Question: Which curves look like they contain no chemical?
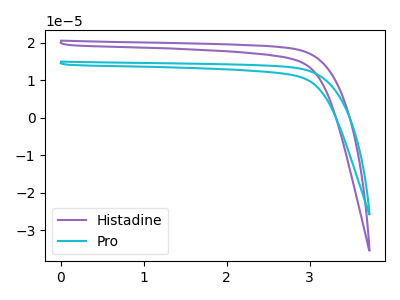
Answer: <think>The purple curve "Histadine" has no peaks. The cyan curve "Pro" has no peaks.</think>
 <answer>"Histadine" and "Pro" are likely to be blanks.</answer>
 <eval>"Histadine", "Pro"</eval>